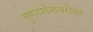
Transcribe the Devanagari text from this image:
गुणदर्शनांबरोबर